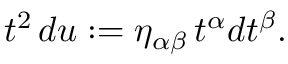
t ^ { 2 } \, d u : = \eta _ { \alpha \beta } \, t ^ { \alpha } d t ^ { \beta } .